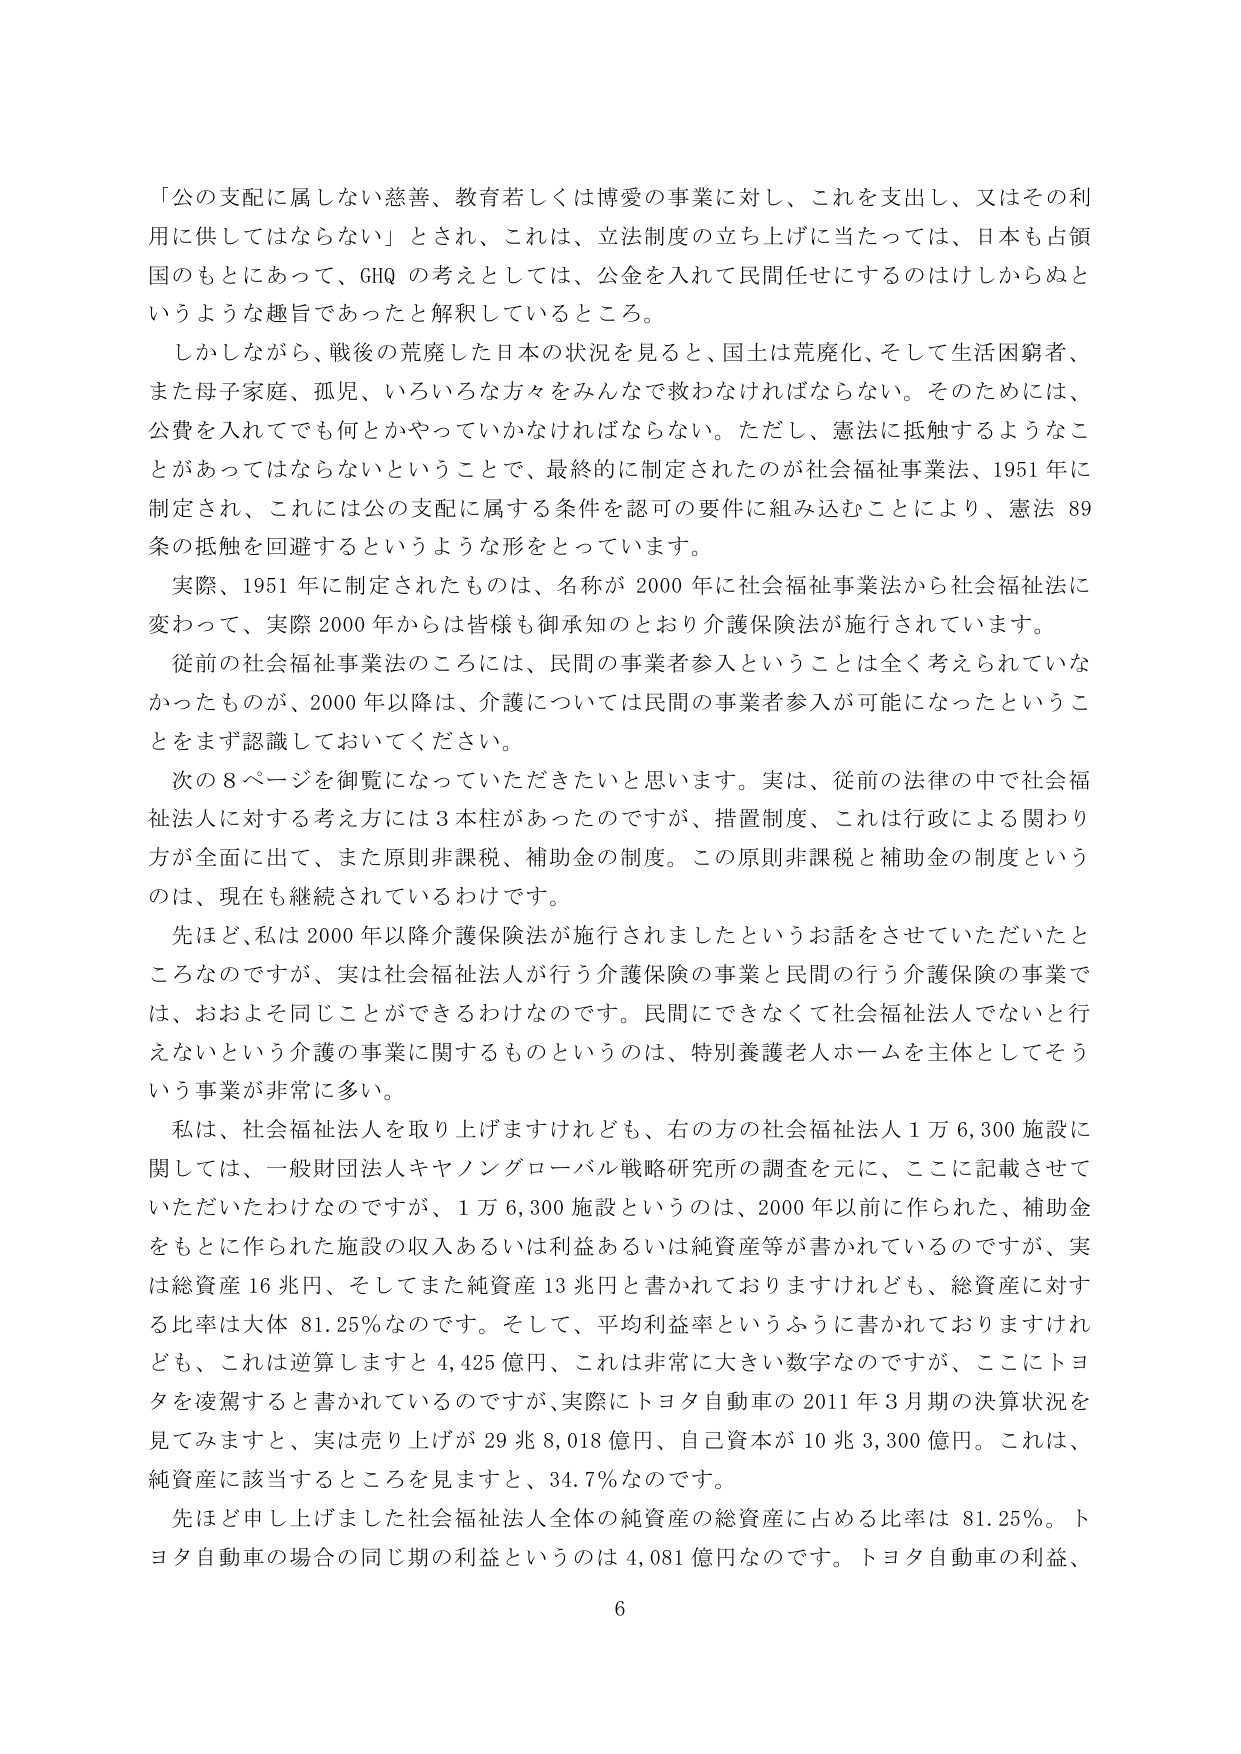
「公の支配に属しない慈善、教育若しくは博愛の事業に対し、これを支出し、又はその利用に供してはならない」とされ、これは、立法制度の立ち上げに当たっては、日本も占領国のもとにあるって、GHQ の考えとしては、公金を入れて民間任せにするのはけしからぬというような趣旨であったと解釈しているところ。

しかしながら、戦後の荒廃した日本の状況を見ると、国土は荒廃化、そして生活困窮者、また母子家庭、孤児、いろいろな方々をみんなで救わなければならない。そのためには、公費を入れてでも何とかやっていかなければならない。ただし、憲法に抵触するようなことがあってはならないということで、最終的に制定されたのが社会福祉事業法、1951年に制定され、これには公の支配に属する条件を認可の要件に組み込むことにより、憲法89条の抵触を回避するというような形をとっています。

実際、1951年に制定されたものは、名称が2000年に社会福祉事業法から社会福祉法に変わって、実際2000年からは皆様も御承知のとおり介護保険法が施行されています。

従前の社会福祉事業法のころには、民間の事業者参入ということは全く考えられていなかったものが、2000年以降は、介護については民間の事業者参入が可能になったということをまず認識しておいてください。

次の8ページを御覧になっていただきたいと思います。実は、従前の法律の中で社会福祉法人に対する考え方には3本柱があったのですが、措置制度、これは行政による関わり方が全面に出て、また原則非課税、補助金の制度。この原則非課税と補助金の制度というのは、現在も継続されているわけです。

先ほど、私は2000年以降介護保険法が施行されましたというお話をさせていただいたところなのですが、実は社会福祉法人が行う介護保険の事業と民間の行う介護保険の事業では、おおよそ同じことができるわけなのです。民間にできなくて社会福祉法人でないと行えないという介護の事業に関するものというのは、特別養護老人ホームを主体としてそういう事業が非常に多い。

私は、社会福祉法人を取り上げますけれども、右の方の社会福祉法人1万6,300施設に関しては、一般財団法人キヤノングローバル戦略研究所の調査を元に、ここに記載させていただいたわけなのですが、1万6,300施設というのは、2000年以前に作られた、補助金をもとに作られた施設の収入あるいは利益あるいは純資産等が書かれているのですが、実は総資産16兆円、そしてまた純資産13兆円と書かれておりますけれども、総資産に対する比率は大体81.25%なのです。そして、平均利益率というふうに書かれておりますけれども、これは逆算しますと4,425億円、これは非常に大きい数字なのですが、ここにトヨタを凌駕すると書かれているのですが、実際にトヨタ自動車の2011年3月期の決算状況を見てみますと、実は売り上げが29兆8,018億円、自己資本が10兆3,300億円。これは、純資産に該当するところを見ますと、34.7%なのです。

先ほど申し上げました社会福祉法人全体の純資産の総資産に占める比率は81.25%。トヨタ自動車の場合の同じ期の利益というのは4,081億円なのです。トヨタ自動車の利益、

6